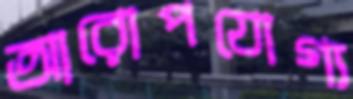
আরোপযোগ্য